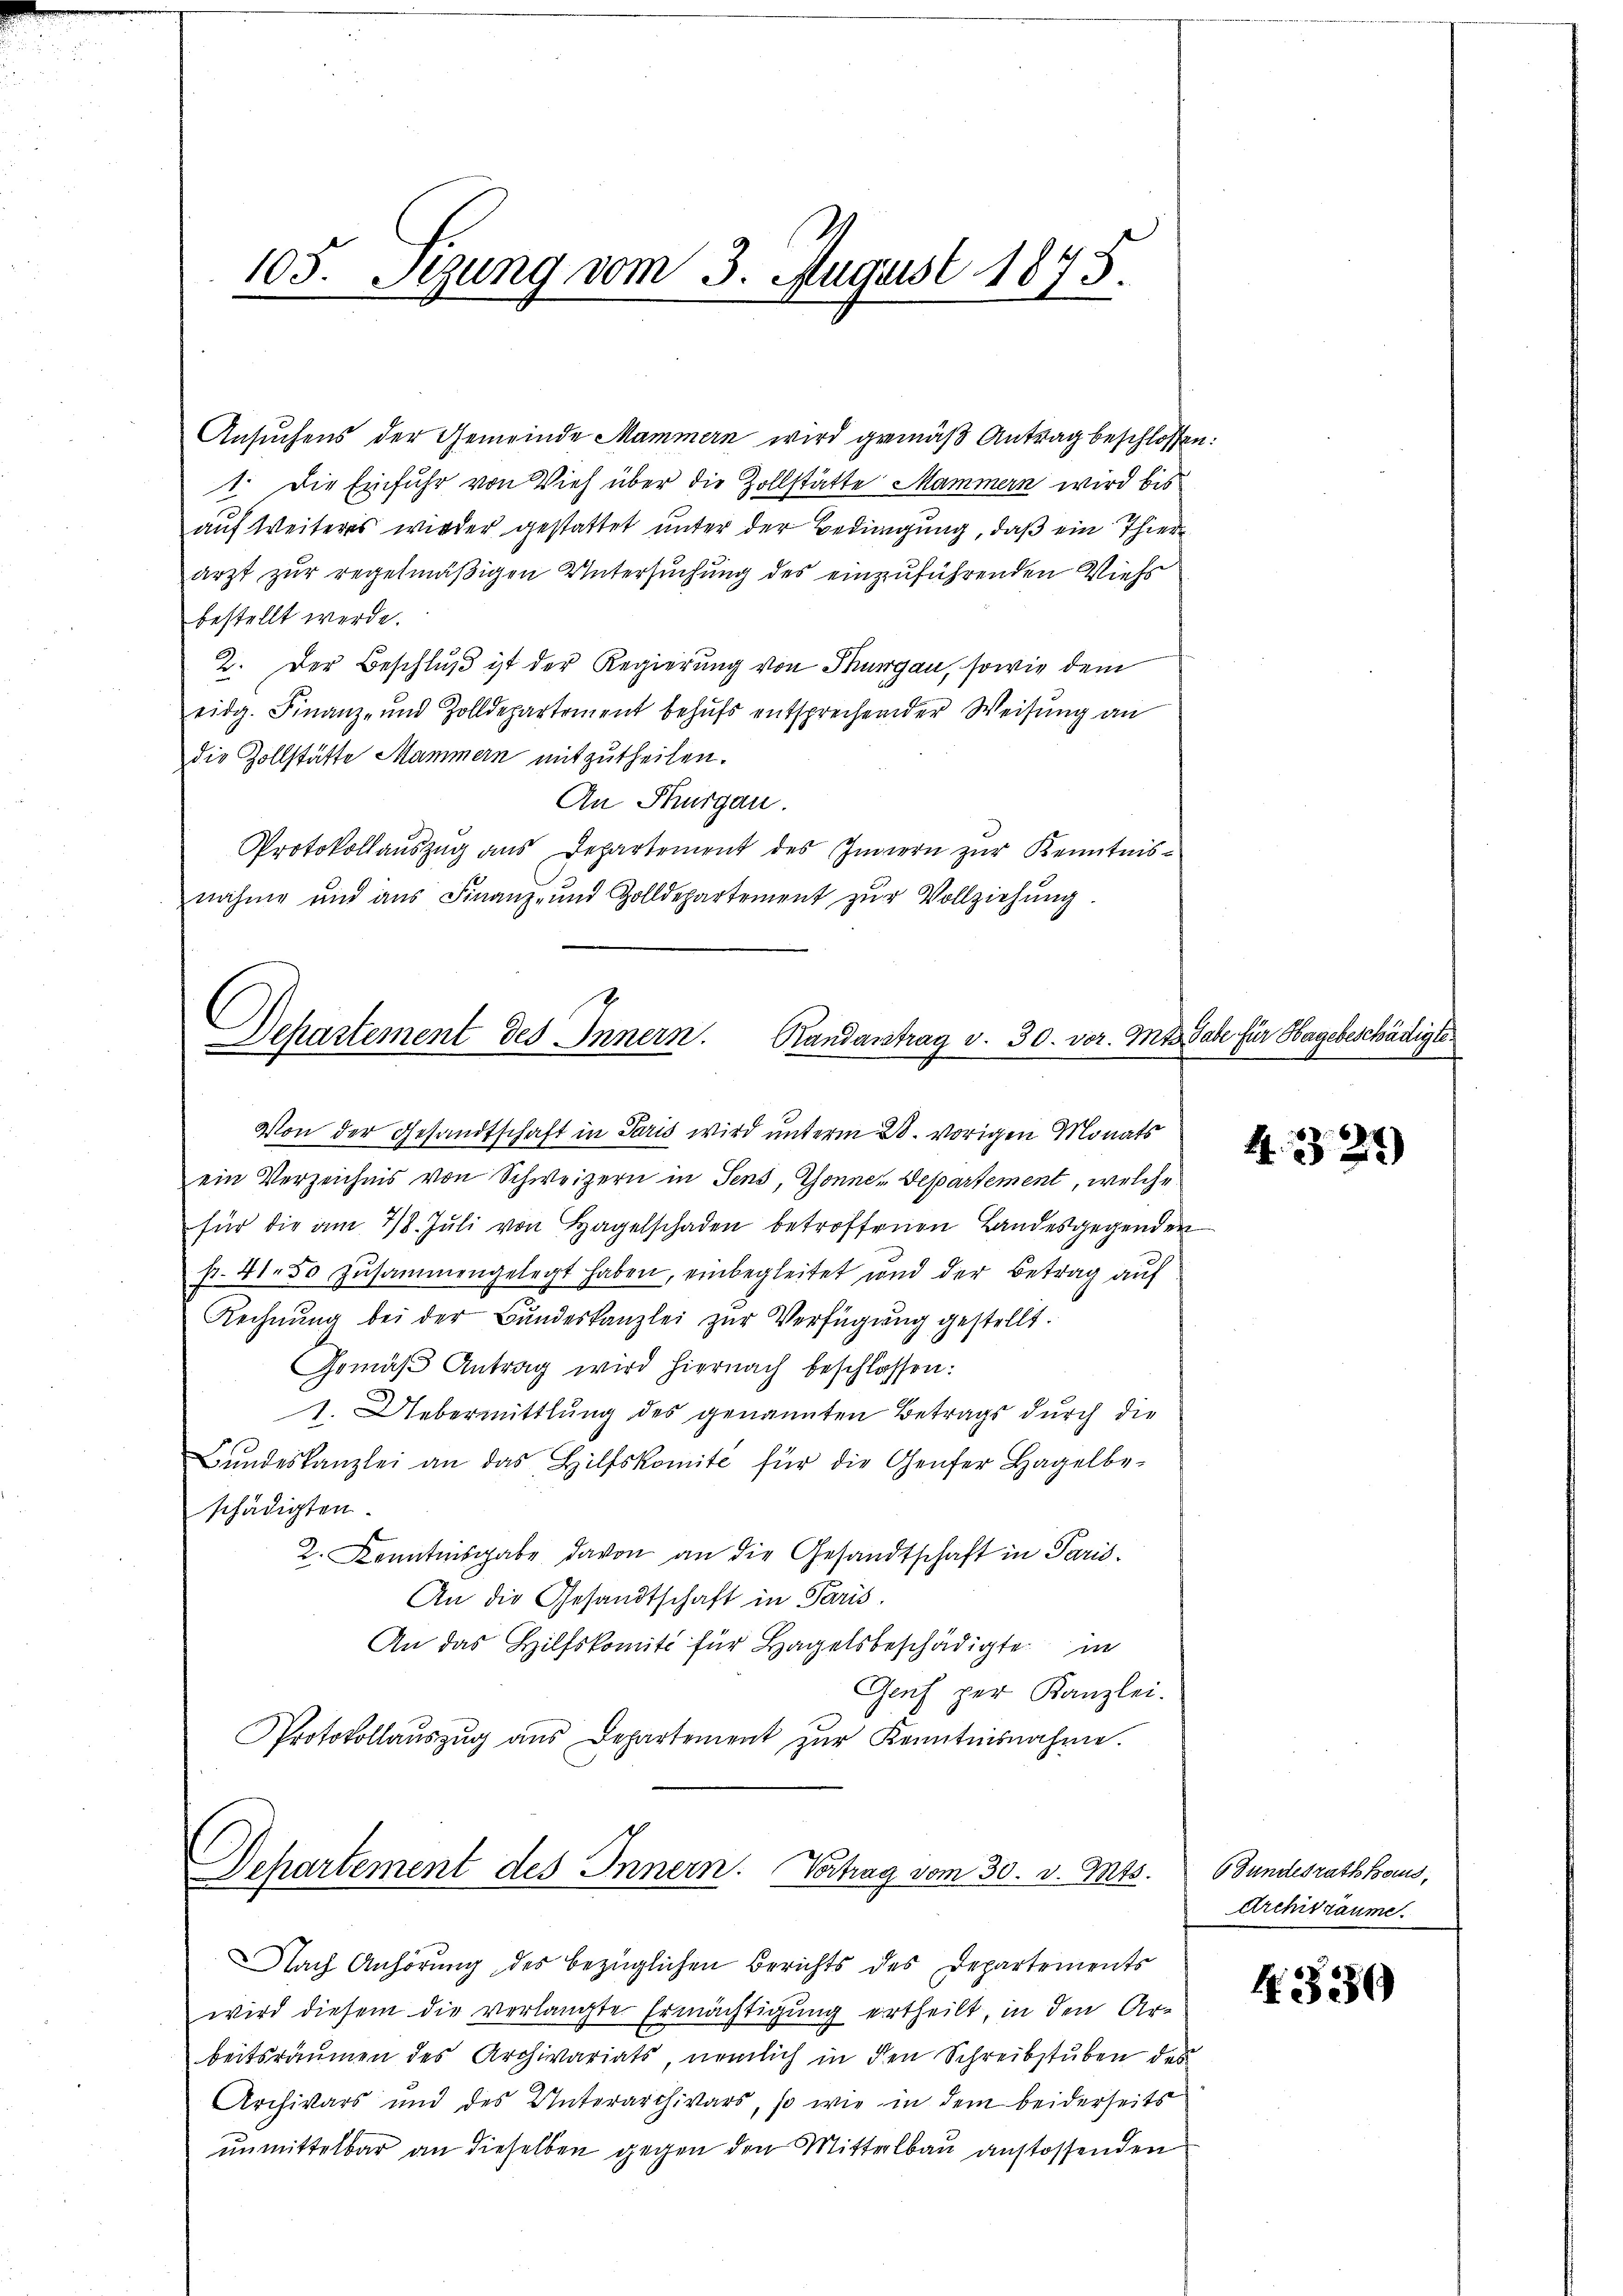
Ansuchens der Gemeinde Mammern wird gemäß Antrag beschlossen:
1. Die Einfuhr von Vieh über die Zollstätte Mammern wird bis
auf Weiteres wieder gestattet unter der Bedingung, daß ein Thierarzt zur regelmäßigen Untersuchung des einzuführenden Viehs
bestellt werde.
2. Der Beschluß ist der Regierung von Thurgau, sowie dem
eidg. Finanz- und Zolldepartement behufs entsprechender Weisung an
die Zollstätte Mammern mitzutheilen.
An Thurgau.
Protokollauszug aus Departement des Innern zur Kenntnisnahme und aŭs Finanz- und Zolldepartement zŭr Vollziehŭng.

105. Sezung vom 3. August 1875.

Dehartement des Innern. Randantrag v. 30. vor. Mt.

Von der Gesandtschaft in Paris wird unterm 28. vorigen Monats
ein Verzeichnis von Schweizern in Sens, Thonne Departement, welche
für die am 28. Jŭli von Hagelschaden betroffenen Landesgegenden
p. 41. 50 zusammengelegt haben, einbegleitet und der Betrag auf
Rechnung bei der Bundeskanzlei zur Verfügung gestellt.
Gemäβ Antrag wird hiernach beschlossen:
.
1. Uebermittlung des genannten Betrags durch die
Bŭndeskanzlei an das Hilfskomité für die Genfer Hagelbe-
schädigten.
2. Kenntnisgabe davon an die Gesandtschaft in Paris.
An die Gesandtschaft in Paris
An das Hilfskomit für Hagelsbeschädigte in
Genf per Kanzlei.
Protokollaŭszŭg ans Departement zŭr Kenntnisnahme.

Departement des Innern. Vortrag vom 30. v. Mts. Gundesrath Haus,

Nach Anhörung des bezüglichen Berichts des Departements
wird diesem die verlangte Ermächtigung ertheilt, in den Ar-
beitsräumen des Archivariats, nemlich in den Schreibstuben des
Archivars und des Unterarchivars, so wie in dem beiderseits
unmittelbar an dieselben gegen den Mittelbau anstossenden

2 Gabe für Hagebeschädigte.

432)

Archivräume.

4.339